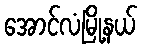
အောင်လံမြို့နယ်